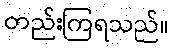
တည်းကြရသည်။